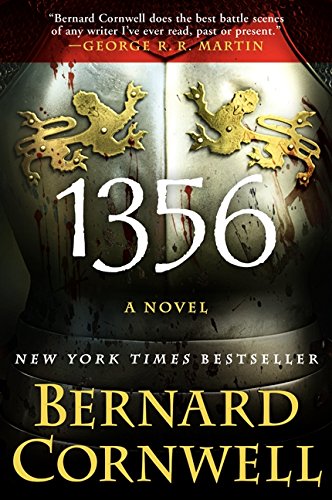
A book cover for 1356: A Novel; Bernard Cornwell; Literature & Fiction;